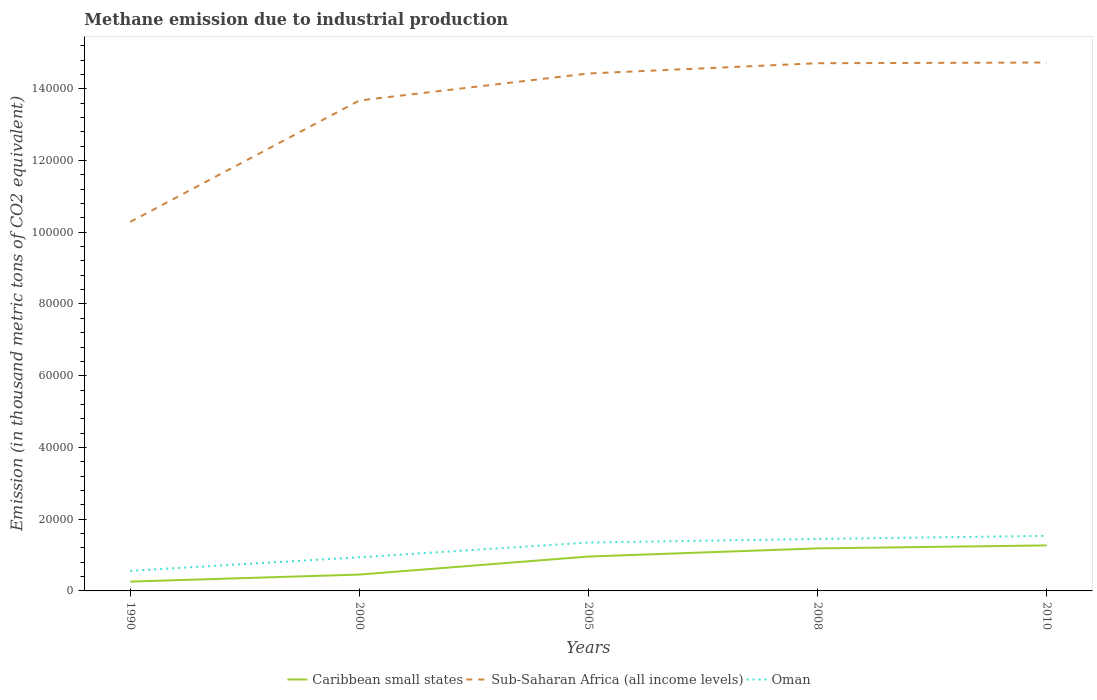
| Years | Caribbean small states | Sub-Saharan Africa (all income levels) | Oman |
 | --- | --- | --- | --- |
 | 1990 | 2.6e+03 | 1.03e+05 | 5.6e+03 |
 | 2000 | 4.56e+03 | 1.37e+05 | 9.39e+03 |
 | 2005 | 9.59e+03 | 1.44e+05 | 1.35e+04 |
 | 2008 | 1.19e+04 | 1.47e+05 | 1.45e+04 |
 | 2010 | 1.27e+04 | 1.47e+05 | 1.54e+04 |